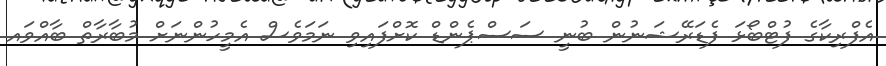
އެފްރިކާގެ ފުޓްބޯޅަ ފެޑަރޭޝަނުން ބުނީ ސަސްޕެންޑް ކޮށްފައިވި ނަމަވެސް އެމީހުންނަށް މުބާރާތް ބާއްވައ